Civil Veterinary Department. United Provinces 1932-42 - 1932-1942
Year: 1932
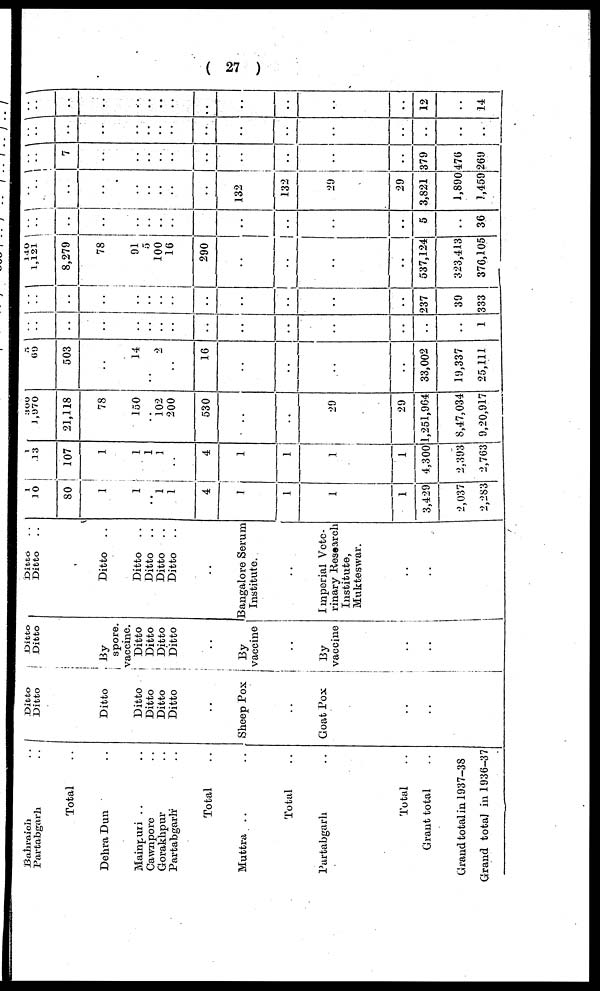
(27)
Bahraich
..
Partabgarh ..
Total ..
Dehra Dun ..
Mainpuri .. ..
Cawnpore ..
Gorakhpur ..
Partabgarh ..
Total ..
Muttra .. ..
Total ..
Partabgarh ..
Total ..
Grant total ..
Grand total in 1937-38
Grand total in 1936-37
Ditto
Ditto
Ditto
Ditto
Ditto
Ditto
Ditto
..
Sheep Pox
Goat Pox
..
..
Ditto
Ditto
By
spore.
vaccine.
Ditto
Ditto
Ditto
Ditto
..
By
vaccine
By
vaccine
..
..
Ditto ..
Ditto ..
Ditto
..
Ditto
..
Ditto
..
Ditto
..
Ditto
..
..
Bangalore Serum
Institute.
Imperial Vete-
rinary Research
Institute,
Mukteswar.
..
..
1
10
80
1
1
..
1
1
4
I
1
1
1
3,429
2,037
2,283
1
13
107
1
1
1
1
..
4
1
1
1
1
4,300
2,393
2,763
300
1,970
21,118
78
150
..
102
200
530
..
..
29
29
1,251,904
8,47,034
9,20,917
5
69
503
14
..
2
..
16
..
..
..
..
33,002
19,337
25,111
..
..
..
..
..
..
..
..
..
..
..
..
..
..
..
1
..
..
..
..
..
..
..
..
..
..
..
..
..
237
39
333
140
1,121
8,279
78
91
5
100
16
290
..
..
..
..
537,124
323,413
376,105
..
..
..
..
..
..
..
..
..
..
..
..
..
..
5
..
36
..
..
..
..
..
..
..
..
..
132
132
29
29
3,821
1,890
1,459
..
..
7
..
..
..
..
..
..
..
..
..
..
379
476
269
1
..
..
..
..
..
..
..
..
..
..
..
..
..
..
..
..
..
..
..
..
..
..
..
..
..
..
..
..
..
12
..
14